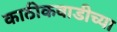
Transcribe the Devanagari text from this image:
काठीकवाडीच्या